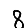
Digit: 8